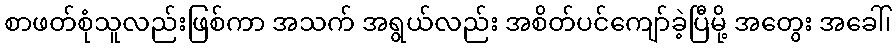
စာဖတ်စုံသူလည်းဖြစ်ကာ အသက် အရွယ်လည်း အစိတ်ပင်ကျော်ခဲ့ပြီမို့ အတွေး အခေါ်၊